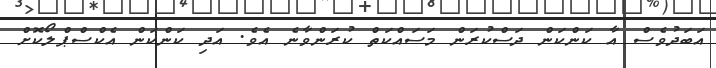
އަބަދުވެސް އާ ކަންކަން ދަސްކުރަން މަސައްކަތް ކުރަންވާނެ އެވެ. އަދި ކަންކަން އެކްސްޕްލޯކޮށް